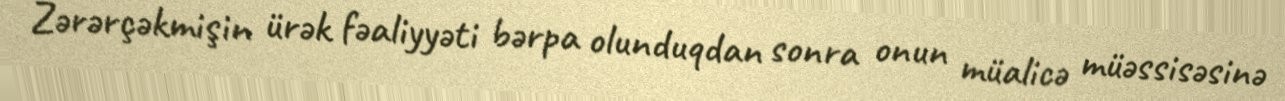
Zərərçəkmişin ürək fəaliyyəti bərpa olunduqdan sonra onun müalicə müəssisəsinə